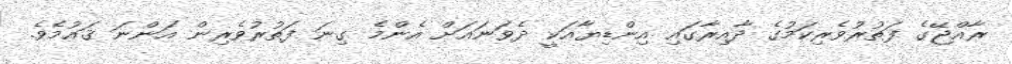
ރާއްޖޭގެ ފަތުރުވެރިކަމުގެ ދާއިރާގައި އިންޑިޔާއަކީ ދެވަނައަށް އެންމެ ގިނަ ފަތުރުވެރިން އަންނަ ޤައުމެވެ.